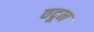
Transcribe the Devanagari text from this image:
वदून